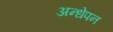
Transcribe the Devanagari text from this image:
अन्धेपन